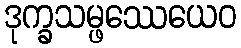
ဒုက္ခသမ္ဖဿေယေဝ